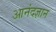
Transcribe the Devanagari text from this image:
आनंदज्ञान